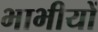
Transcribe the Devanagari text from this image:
भाभीयों